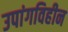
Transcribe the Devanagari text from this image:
उपांगविहीन